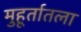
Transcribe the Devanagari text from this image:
मुहूर्तातला